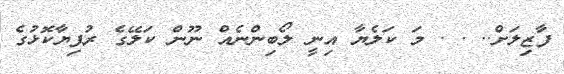
ފާޒިލަށް.. . . މަ ކަލެޔާ އިނީ ލޯބިންނެއް ނޫން ކަލޭގެ ރުފިޔާކޮޅުގެ